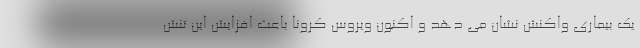
یک بیماری واکنش نشان می دهد و اکنون ویروس کرونا باعث افزایش این تنش